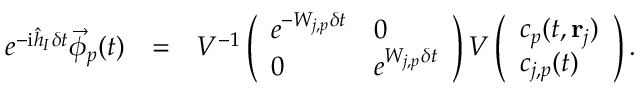
\begin{array} { r l r } { e ^ { - \mathrm { i } \hat { h } _ { I } \delta t } \vec { \phi } _ { p } ( t ) } & { = } & { V ^ { - 1 } \left( \begin{array} { l l } { e ^ { - W _ { j , p } \delta t } } & { 0 } \\ { 0 } & { e ^ { W _ { j , p } \delta t } } \end{array} \right) V \left( \begin{array} { l } { c _ { p } ( t , { \bf r } _ { j } ) } \\ { c _ { j , p } ( t ) } \end{array} \right) . } \end{array}